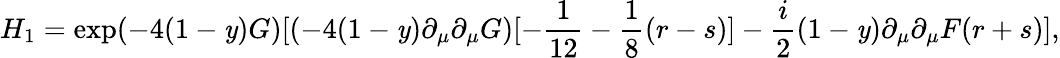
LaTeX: H_{1}=\exp(-4(1-\mathit{y})G)[(-4(1-\mathit{y})\partial_{\mu}\partial_{\mu}G)[-\frac{{1}}{{12}}-\frac{{1}}{{8}}(r-s)]-\frac{{i}}{{2}}(1-\mathit{y})\partial_{\mu}\partial_{\mu}F(r+s)],